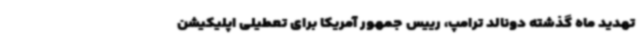
تهدید ماه گذشته دونالد ترامپ، رییس جمهور آمریکا برای تعطیلی اپلیکیشن